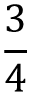
\frac 3 4